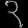
Digit: ၃